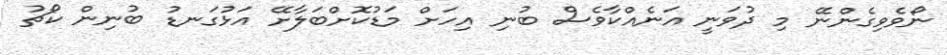
ނޯވެވިގެންނޭ މި ދުވަނީ އަނެއްކާވެސް ބުނި އިހަށް މަޑުކޮށްބަލާށޭ އަޅުގަނޑު ބުނިން ކޯޗު